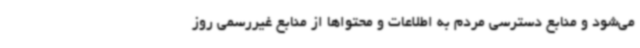
می‌شود و منابع دسترسی مردم به اطلاعات و محتواها از منابع غیررسمی روز